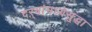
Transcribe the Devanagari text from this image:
दऱ्यांमध्येसुद्धा